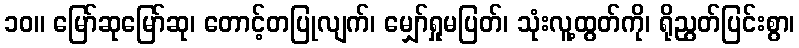
၁၀။ မြော်ဆုမြော်ဆု၊ တောင့်တပြုလျက်၊ မျှော်ရှုမပြတ်၊ သုံးလူ့ထွတ်ကို၊ ရိုညွတ်ပြင်းစွာ၊